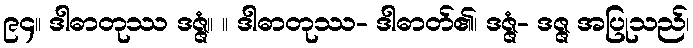
၉၄။ ဒါဓာတုဿ ဒဇ္ဇံ။ ။ ဒါဓာတုဿ- ဒါဓာတ်၏၊ ဒဇ္ဇံ- ဒဇ္ဇ အပြုသည်၊